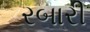
રબારી